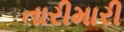
તારીમારી